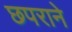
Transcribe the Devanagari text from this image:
छपराने